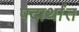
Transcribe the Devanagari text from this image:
पदार्थांंत